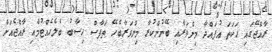
ރާއްޖޭގައި ހަކަތަ އުފައްދާ މިންވަރާއި ބޭނުންކުރާ މިންވަރާބެހޭ ތަފާސް ހިސާބު ބެލެހެއްޓުމާއި ރާއްޖެއަށް